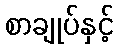
စာချုပ်နှင့်